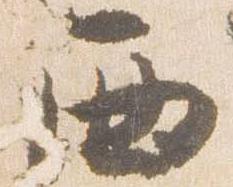
西